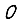
Digit: 0